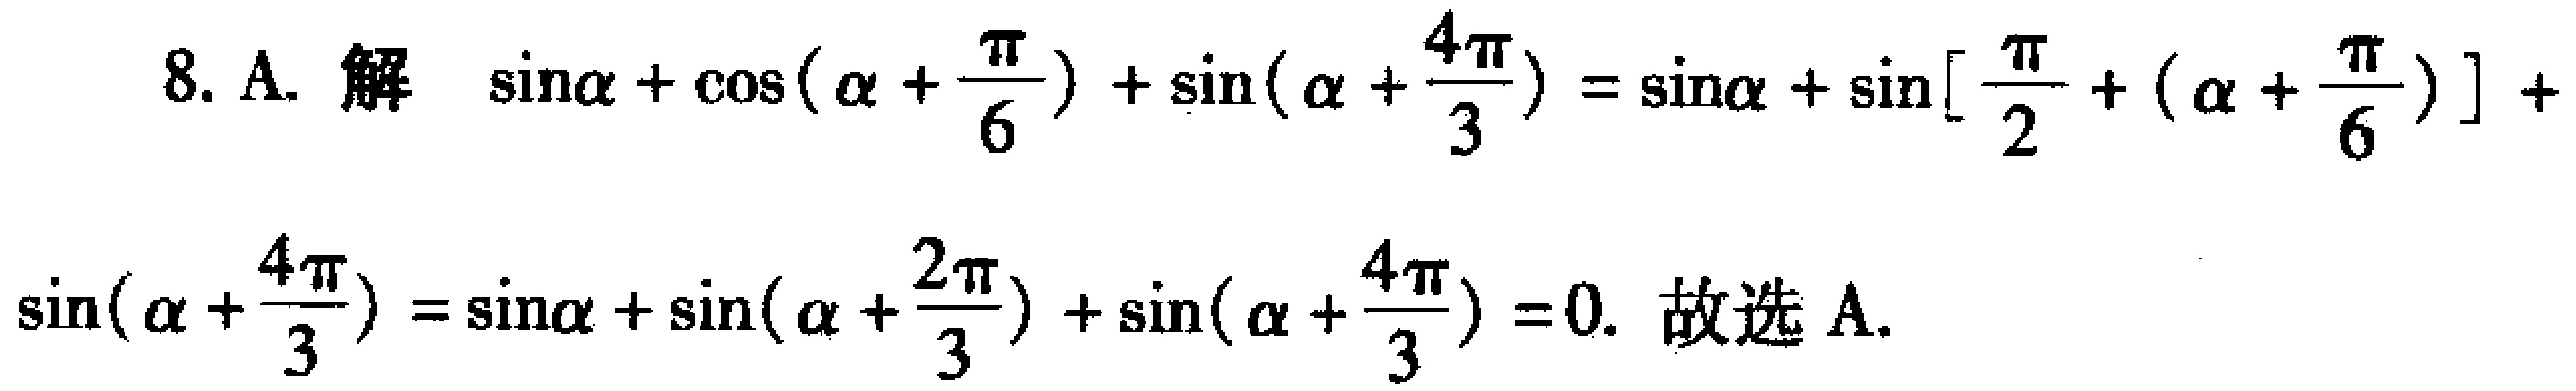
8. A. 解 $\sin\alpha+\cos(\alpha +\frac{\pi}{6})+\sin(\alpha+\frac{4\pi}{3})=\sin\alpha+\sin[\frac{\pi}{2}+(\alpha+\frac{\pi}{6})]+$
$\sin(\alpha+\frac{4\pi}{3})=\sin\alpha+\sin(\alpha+\frac{2\pi}{3})+\sin(\alpha+\frac{4\pi}{3}) = 0.$ 故选 A.